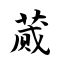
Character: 蒇